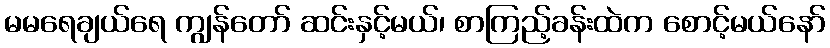
မမရေချယ်ရေ ကျွန်တော် ဆင်းနှင့်မယ်၊ စာကြည့်ခန်းထဲက စောင့်မယ်နော်